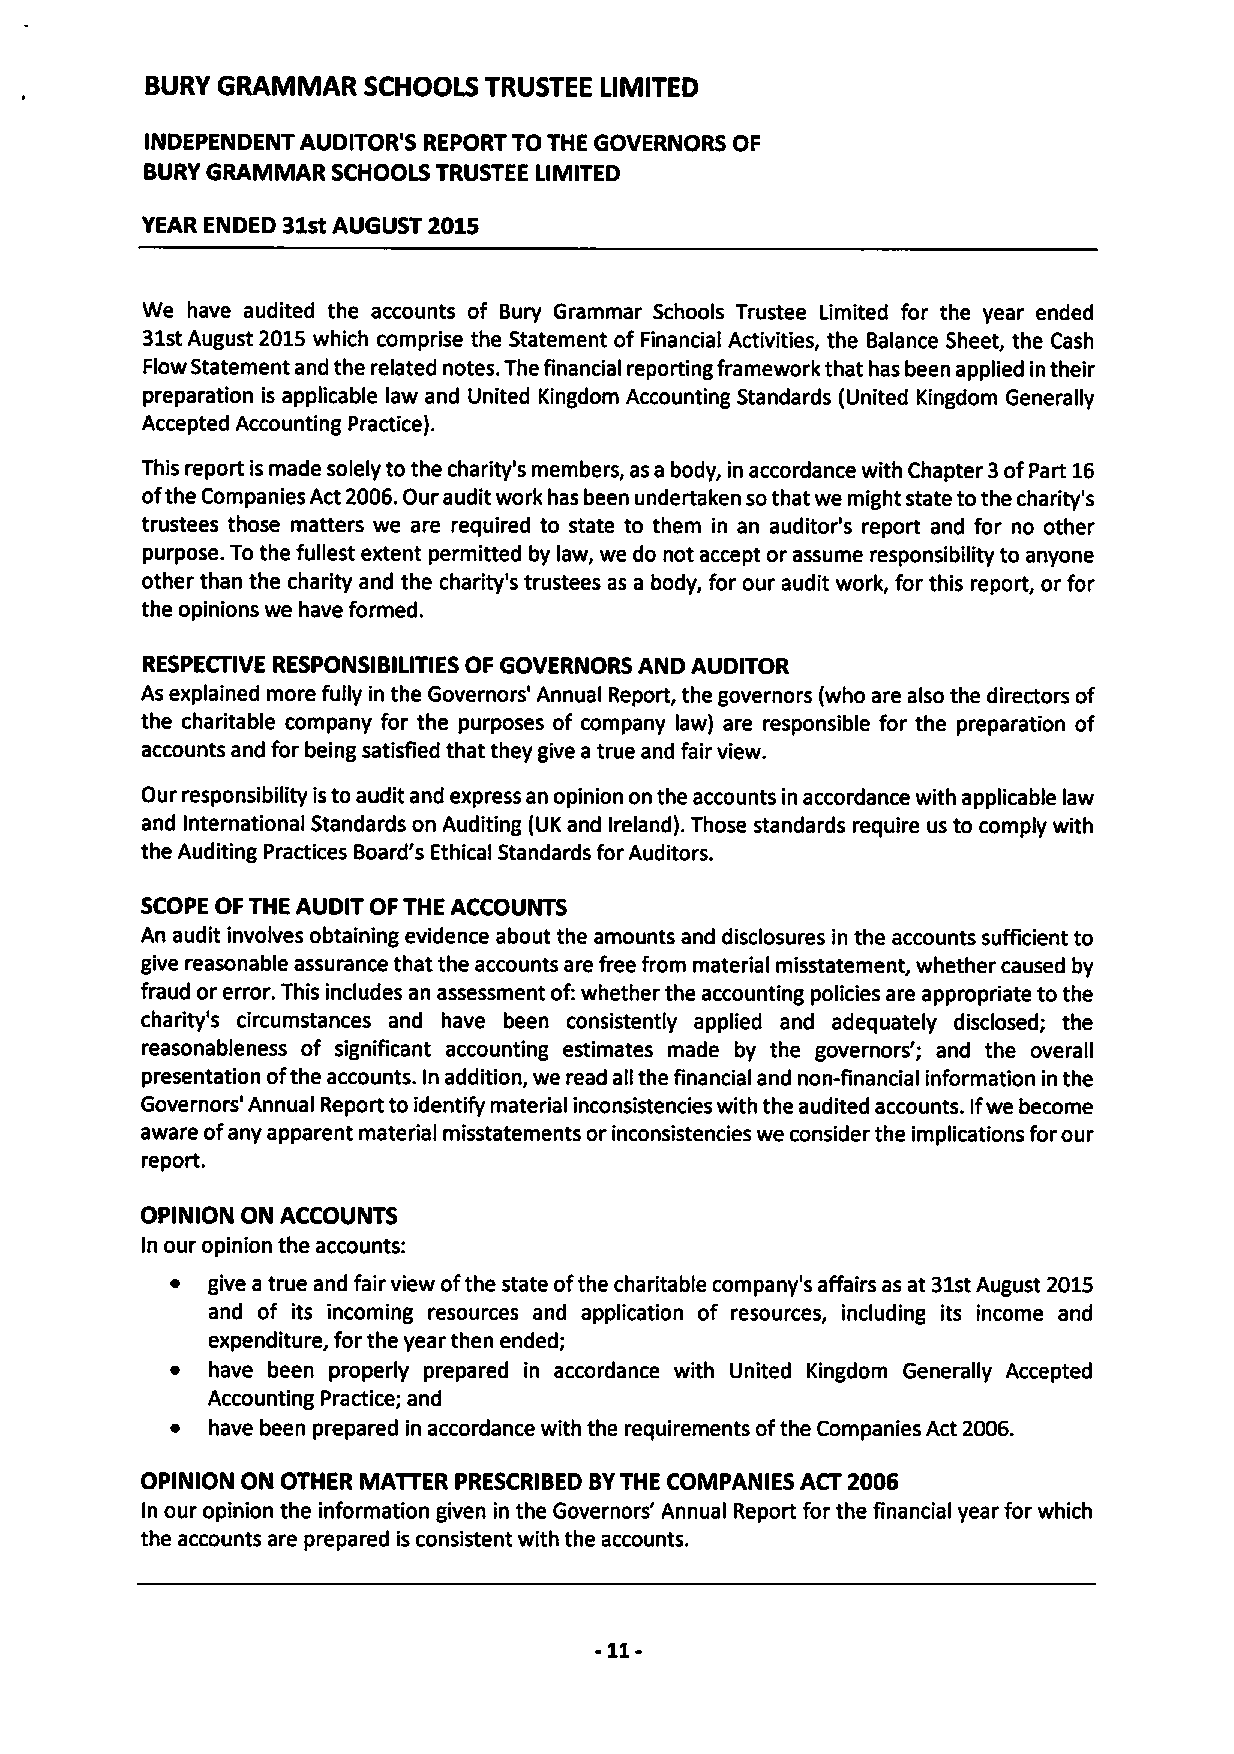
BURY GRAMMAR  SCHOOLS TRUSTEE LIMITED
 INDEPENDENT AUDITOR'S REPORT TO THE GOVERNORS OF
 BURYGRAMIVIAR SCHOOLS TRUSTEE LIMITED
 YEAR ENDED 31stAUGUST 2015
 We have audited the accounts of Bury Grammar Schools Trustee Limited for the year ended
 31stAugust 2015which comprise the Statement of Financial Activities, the Balance Sheet, the Cash
 Flow Statement and the related notes. The financial reporting framework that has been applied in their
 preparation is applicable law and United Kingdom Accounting Standards (United Kingdom Generally
 Accepted Accounting Practice).
 This report is made solely to the charity's members, as a body, in accordance with Chapter 3ofPart 16
 ofthe Companies Act 2006.Our audit work has been undertaken sothat we might state tothe charity's
 trustees those matters we are required to state to them in an auditor's report and for no other
 purpose. To the fullest extent permitted by law, we do not accept or assume responsibility to anyone
 other than the charity and the charity's trustees as a body, for our audit work, for this report, or for
 the opinions we have formed.
 RESPECTIVE RESPONSIBILITIES OF GOVERNORS AND AUDITOR
 As explained more fully in the Governors' Annual Report, the governors (who are also the directors of
 the charitable company for the purposes of company law) are responsible for the preparation of
 accounts and for being satisfied that they give a true and fair view.
 Our responsibility isto audit and express an opinion on the accounts in accordance with applicable law
 and International Standards on Auditing (UK and Ireland). Those standards require us to comply with
 the Auditing Practices Board's Ethical Standards for Auditors.
 SCOPE OFTHE AUDIT OFTHE ACCOUNTS
 An audit involves obtaining evidence about the amounts and disclosures in the accounts sufficient to
 give reasonable assurance that the accounts are free from material misstatement, whether caused by
 fraud or error. This includes an assessment of:whether the accounting policies are appropriate to the
 charity's circumstances and have been consistently applied and adequately disclosed; the
 reasonableness of significant accounting estimates made by the governors'; and the overall
 presentation ofthe accounts. In addition, we read all the financial and non-financial information in the
 Governors' Annual Report to identify material inconsistencies with the audited accounts. Ifwe become
 aware ofany apparent material misstatements or inconsistencies we consider the implications for our
 report.
 OPINION ON ACCOUNTS
 In our opinion the accounts:
 ~  give a true and fair view ofthe state ofthe charitable company's affairs as at 31stAugust 2015
 and of its incoming resources and application of resources, including its income and
 expenditure, for the year then ended;
 ~  have been properly prepared in accordance with United Kingdom Generally Accepted
 Accounting Practice; and
 ~  have been prepared in accordance with the requirements ofthe Companies Act 2006.
 OPINION ON OTHER MATTER PRESCRIBED BYTHE COMPANIES ACT 2006
 In our opinion the information given in the Governors' Annual Report for the financial year for which
 the accounts are prepared is consistent with the accounts.
 -11-